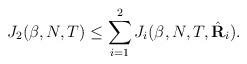
LaTeX: \begin{align*} J_2(\beta,N,T) \leq \sum_{i=1}^2 J_i(\beta,N,T,\hat{\mathbf{R}}_i ). \end{align*}